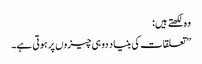
وہ لکھتے ہیں:
’’تعلقات کی بنیاد دو ہی چیزوں پر ہوتی ہے۔